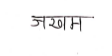
मजकूर: जखम